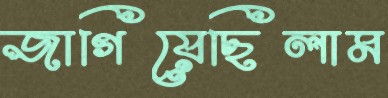
জাগিয়েছিলাম